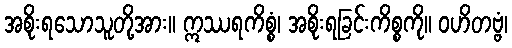
အစိုးရသောသူတို့အား။ ဣဿရကိစ္စံ၊ အစိုးရခြင်းကိစ္စကို။ ဝဟိတဗ္ဗံ၊